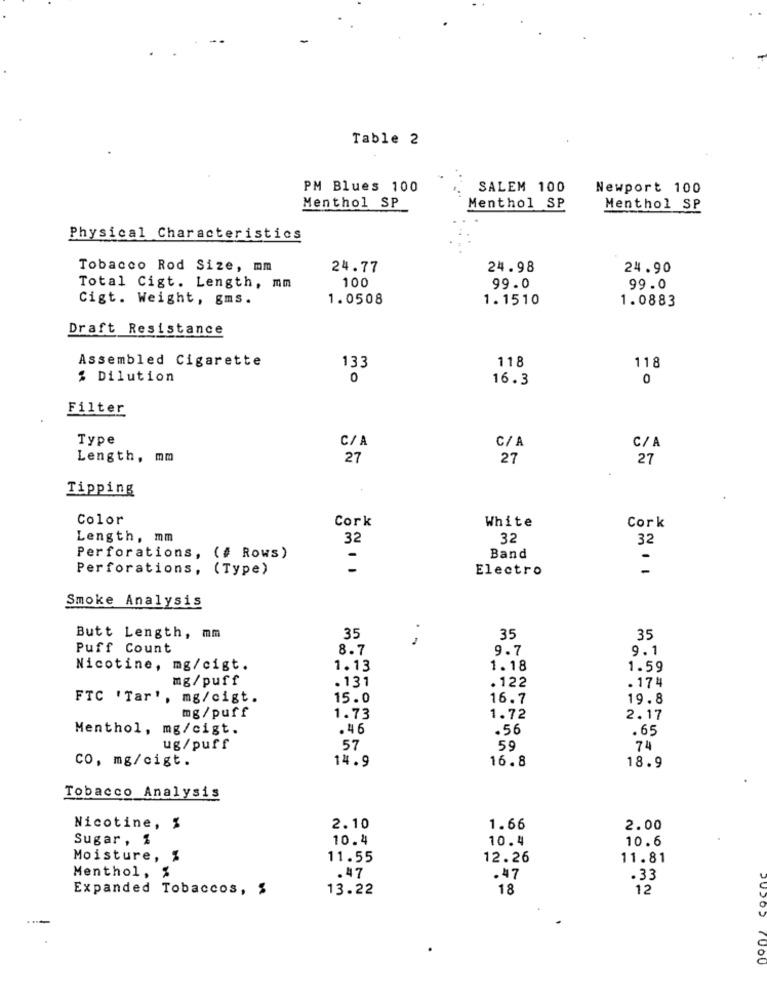
.
Table 2
PM Blues 100
SALEM 100
Newport 100
Menthol SP
Menthol SP
Menthol SP
Physical Characteristics
Tobacco Rod Size, mm
24.77
24.98
24.90
100
Total Cigt. Length, mm
99.0
99.0
Cigt. Weight, gms.
1.0508
1.1510
1.0883
Draft Resistance
Assembled Cigarette
118
133
118
% Dilution
0
16.3
0
Filter
Type
C/
C/A
C/ A
Length, mm
27
27
27
Tipping
Color
Cork
White
Cork
Length, mm
32
32
32
Perforations, (# Rows)
-
Band
-
Perforations, (Type)
-
Electro
-
Smoke Analysis
35
Butt Length, mm
35
35
Puff Count
8.7
9.7
9.1
Nicotine, mg/cigt.
1.13
1.18
1.59
mg/puff
. 131
. 122
. 174
FTC 'Tar', mg/cigt.
15.0
16.7
19.8
mg/ puff
1.73
1.72
2.17
Menthol, mg/cigt.
. 46
.56
.65
ug/puff
57
59
74
CO, mg/cigt.
16.8
14.9
18.9
Tobacco Analysis
Nicotine, %
2.10
1.66
2.00
Sugar , 1
10.4
10.4
10.6
Moisture, %
11.55
12.26
11.81
Menthol, %
.47
.47
.33
Expanded Tobaccos, %
13.22
18
12